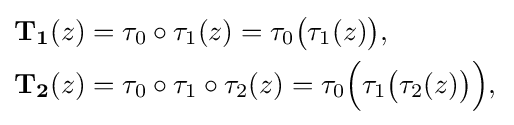
{\begin{aligned}{\boldsymbol {\mathrm {T} }}_{\boldsymbol {1}}(z)&=\tau _{0}\circ \tau _{1}(z)=\tau _{0}{\big (}\tau _{1}(z){\big )},\\{\boldsymbol {\mathrm {T} }}_{\boldsymbol {2}}(z)&=\tau _{0}\circ \tau _{1}\circ \tau _{2}(z)=\tau _{0}{\Big (}\tau _{1}{\big (}\tau _{2}(z){\big )}{\Big )},\,\end{aligned}}